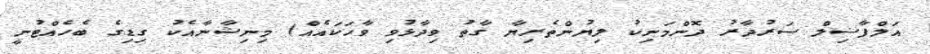
އަލްފާޟިލް ސަރުދާރު ދޮންމަނިކު ލިޔުންތެރިޔާ ގާތު ވިދާޅުވި ވާހަކައެއް) މިނިޝާނާއެކު ގިޑިގެ ބެހެއްޓުނީ